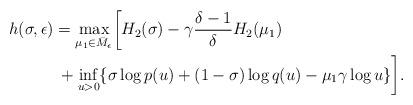
LaTeX: \begin{align*} &h(\sigma,\epsilon) = \max_{\mu_1 \in \bar{M}_{\epsilon}}\biggl[ H_2(\sigma) -\gamma\frac{\delta-1}{\delta} H_2 (\mu_1) \\ &\quad\qquad+\inf_{u>0} \{ \sigma \log p(u) + (1-\sigma) \log q(u) - \mu_1 \gamma \log u \} \biggr]. \end{align*}